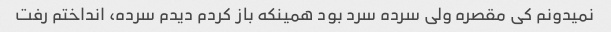
نمیدونم کی مقصره ولی سرده سرد بود همینکه باز کردم دیدم سرده، انداختم رفت